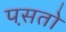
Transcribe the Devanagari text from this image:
पस़तो